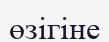
өзігіне